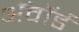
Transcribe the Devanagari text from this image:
अॅवॉर्ड